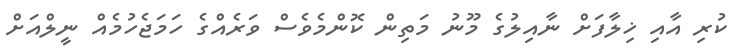
ކުރި އާއި ޚިލާފަށް ނާއިލުގެ މޫނު މަތިން ކޮންމެވެސް ވަރެއްގެ ހަމަޖެހުމެއް ނީލްއަށް